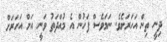
ދިނީ ތިން އަހަރަށެވެ. ނަމަވެސް ފަހުން އެ މުއްދަތު ވަނީ އަށް އަހަރަށް